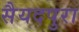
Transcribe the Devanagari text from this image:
सैयदपुरा